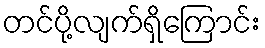
တင်ပို့လျက်ရှိကြောင်း